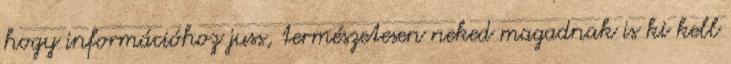
hogy információhoz juss, természetesen neked magadnak is ki kell